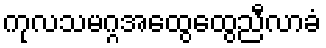
ကုလသမဂ္ဂအထွေထွေညီလာခံ